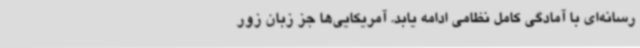
رسانه‌ای با آمادگی کامل نظامی ادامه یابد. آمریکایی‌ها جز زبان زور